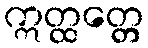
ဣတ္ထတ္တေ